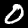
Label: 0